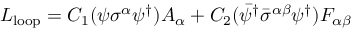
{ \cal { L } } _ { \mathrm { l o o p } } = C _ { 1 } ( \psi \sigma ^ { \alpha } \psi ^ { \dagger } ) A _ { \alpha } + C _ { 2 } ( \bar { \psi } ^ { \dagger } \bar { \sigma } ^ { \alpha \beta } \psi ^ { \dagger } ) F _ { \alpha \beta }